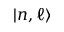
| n , \ell \rangle